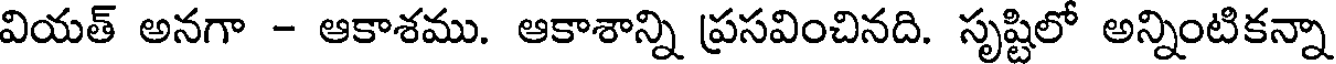
వియత్ అనగా - ఆకాశము. ఆకాశాన్ని ప్రసవించినది. సృష్టిలో అన్నింటికన్నా